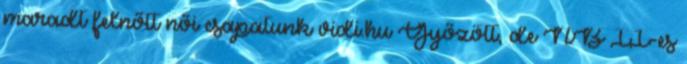
maradt felnőtt női csapatunk vidi.hu Győzött, de NB II-es